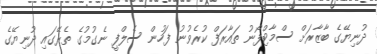
ދުނިޔޭގެ ބާޒާރަށް ސްމާޓްފޯނު ތައާރަފް ކުރެވުނު ފަހުން ސެލްފީ ނެގުމުގެ ތެރޭގައި ދުނިޔޭގެ